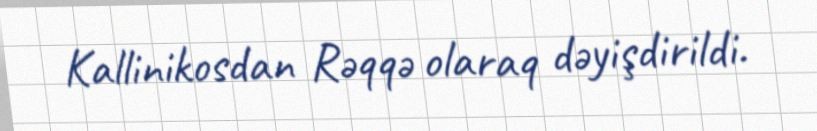
Kallinikosdan Rəqqə olaraq dəyişdirildi.